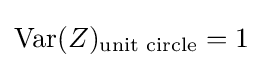
\operatorname {Var} (Z)_{\text{unit circle}}=1